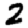
Digit: 2